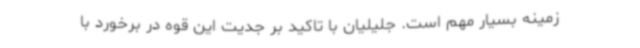
زمینه بسیار مهم است. جلیلیان با تاکید بر جدیت این قوه در برخورد با